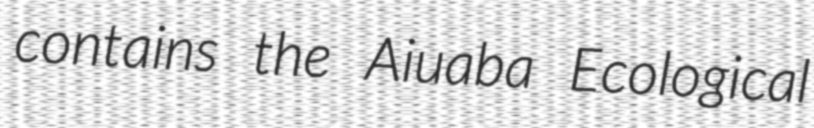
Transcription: contains the Aiuaba Ecological